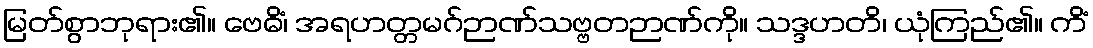
မြတ်စွာဘုရား၏။ ဗေဓိံ၊ အရဟတ္တမဂ်ဉာဏ်သဗ္ဗတဉာဏ်ကို။ သဒ္ဒဟတိ၊ ယုံကြည်၏။ ကိံ